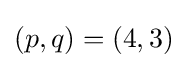
(p,q)=(4,3)